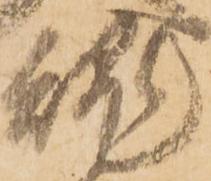
魂